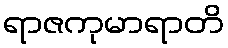
ရာဇကုမာရာတိ